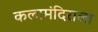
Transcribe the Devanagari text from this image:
कलामंदिराला